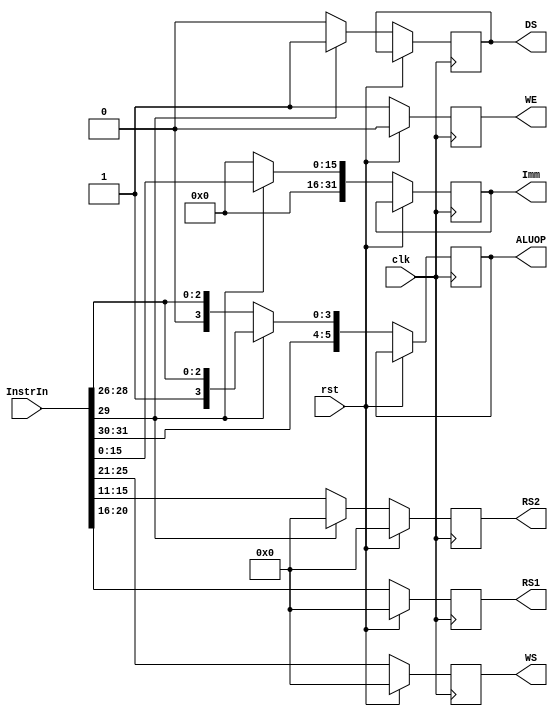
`timescale 1ns / 1ns
//////////////////////////////////////////////////////////////////////////////////
// Company: 
// Engineer: 
// 
// Design Name: 
// Module Name:    S1_Register 
// Project Name: 
// Target Devices: 
// Tool versions: 
// Description: 
//
// Dependencies: 
//
// Revision: 
// Revision 0.01 - File Created
// Additional Comments: 
//
//////////////////////////////////////////////////////////////////////////////////
module S1_Register(
	input clk,
	input rst,
	input [31:0] InstrIn,
	output reg [4:0] RS1,
	output reg [4:0] RS2,
	output reg [4:0] WS,
	output reg [31:0] Imm,
	output reg [5:0] ALUOP,
	output reg WE, DS
   );

	always@(posedge clk)
		begin
		if (rst)
			begin
			RS1 <= 5'd0;
			RS2 <= 5'd0;
			WS <= 5'd0;
			WE <= 1'b0;
			end
		else
		      //rst != 1
			begin
			 if(InstrIn[29] == 0) 
			     begin
			         ALUOP <= InstrIn[31:26];
			         WS <= InstrIn[25:21];
			         RS1 <= InstrIn[20:16];
			         RS2 <= InstrIn[15:11];
			         Imm <= 32'h0000;
			         DS <= 0;
			         WE <= 1;
			     end
		    else 
		          begin
		              if(InstrIn[29] == 1)
		              begin
		              //when imm bit is not set
			             ALUOP <= InstrIn[31:26];
			             WS <= InstrIn[25:21];
			             RS1 <= InstrIn[20:16];
			             RS2 <= 5'b00000;
			             Imm <= {16'h0000, InstrIn[15:0]};
			             DS <= 1;
			             WE <= 1;
			             end
		          end
			end
		end

endmodule